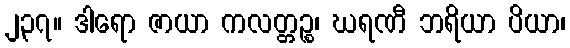
၂၃၇။ ဒါရော ဇာယာ ကလတ္တဉ္စ၊ ဃရဏီ ဘရိယာ ပိယာ၊